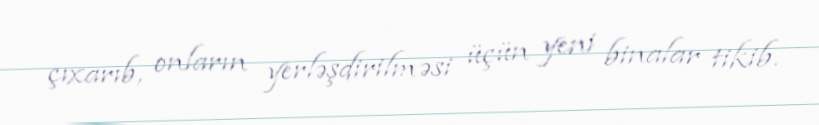
çıxarıb, onların yerləşdirilməsi üçün yeni binalar tikib.